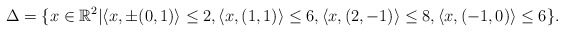
\begin{align*} \Delta =\{x\in\mathbb{R}^2|&\langle x,\pm(0,1)\rangle\leq2,\langle x,(1,1)\rangle\leq6,\langle x,(2,-1)\rangle\leq8, \langle x,(-1,0)\rangle\leq6\}.\end{align*}